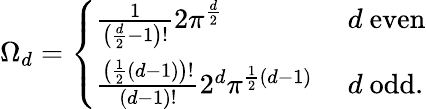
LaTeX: \Omega_{d}={\left\{ \begin{array}{ll}{{\frac{1}{\left({\frac{d}{2}}-1\right)!}}2\pi^{\frac{d}{2}}\ }&{d{\mathrm{~even}}}\\ {{\frac{\left({\frac{1}{2}}\left(d-1\right)\right)!}{(d-1)!}}2^{d}\pi^{{\frac{1}{2}}(d-1)}\ }&{d{\mathrm{~odd}}.}\end{array}\right.}